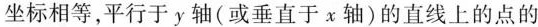
坐标相等，平行于y轴(或垂直于χ轴)的直线上的点的